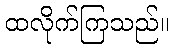
ထလိုက်ကြသည်။